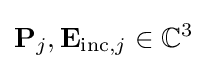
\mathbf {P} _{j},\mathbf {E} _{\mathrm {inc} ,j}\in \mathbb {C} ^{3}